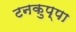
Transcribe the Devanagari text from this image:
टनकुप्पा